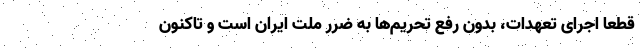
قطعاً اجرای تعهدات، بدون رفع تحریم‌ها به ضرر ملت ایران است و تاکنون